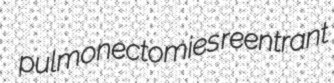
pulmonectomies reentrant